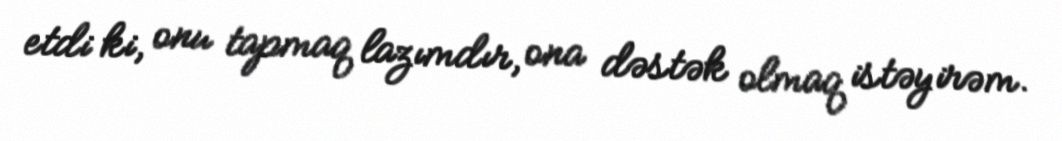
etdi ki, onu tapmaq lazımdır, ona dəstək olmaq istəyirəm.